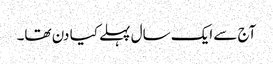
آج سے ایک سال پہلے کیا دن تھا۔